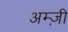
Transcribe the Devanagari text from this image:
अम्ज़ी